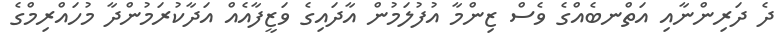
ދެ ދަރިންނާއި އަތްނބެއްގެ ވެސް ޒިންމާ އުފުލަމުން އާދައިގެ ވަޒީފާއެއް އަދާކުރަމުންދާ މުހައްރިމްގެ